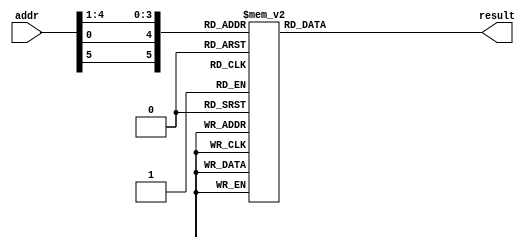
`timescale 1ns/100ps 
module sbox1(input [6:1] addr,output reg [4:1] result);
always@(addr)
begin
case ({addr[6], addr[1], addr[5:2]})
	0 : result = 14;
	1 : result =  4;
	2 : result = 13;
	3 : result =  1;
	4 : result =  2;
	5 : result = 15;
	6 : result = 11;
	7 : result =  8;
	8 : result =  3;
	9 : result = 10;
	10 : result =  6;
	11 : result = 12;
	12 : result =  5;
	13 : result =  9;
	14 : result =  0;
	15 : result =  7;
	16 : result =  0;
	17 : result = 15;
	18 : result =  7;
	19 : result =  4;
	20 : result = 14;
	21 : result =  2;
	22 : result = 13;
	23 : result =  1;
	24 : result = 10;
	25 : result =  6;
	26 : result = 12;
	27 : result = 11;
	28 : result =  9;
	29 : result =  5;
	30 : result =  3;
	31 : result =  8;
	32 : result =  4;
	33 : result =  1;
	34 : result = 14;
	35 : result =  8;
	36 : result = 13;
	37 : result =  6;
	38 : result =  2;
	39 : result = 11;
	40 : result = 15;
	41 : result = 12;
	42 : result =  9;
	43 : result =  7;
	44 : result =  3;
	45 : result = 10;
	46 : result =  5;
	47 : result =  0;
	48 : result = 15;
	49 : result = 12;
	50 : result =  8;
	51 : result =  2;
	52 : result =  4;
	53 : result =  9;
	54 : result =  1;
	55 : result =  7;
	56 : result =  5;
	57 : result = 11;
	58 : result =  3;
	59 : result = 14;
	60 : result = 10;
	61 : result =  0;
	62 : result =  6;
	63 : result = 13;
endcase
end
endmodule